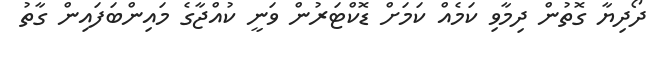
ދޯދިޔާ ގޮތުން ދިމާވި ކަމެއް ކަމަށް ޑޮކްޓަރުން ވަނީ ކުއްޖާގެ މައިންބަފައިން ގާތު